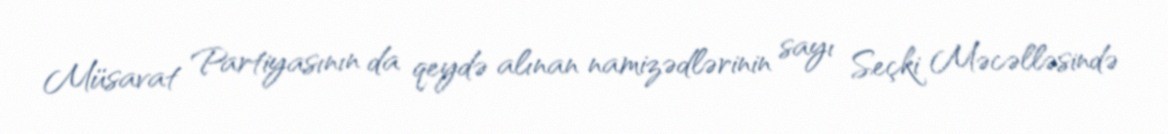
Müsavat Partiyasının da qeydə alınan namizədlərinin sayı Seçki Məcəlləsində